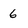
Character: 6